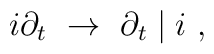
i\partial_t ~ \rightarrow ~ \partial_t \mid i~,